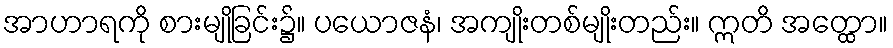
အာဟာရကို စားမျိုခြင်း၌။ ပယောဇနံ၊ အကျိုးတစ်မျိုးတည်း။ ဣတိ အတ္ထော။